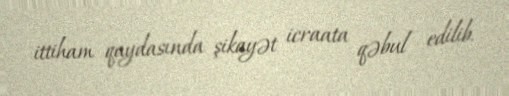
ittiham qaydasında şikayət icraata qəbul edilib.